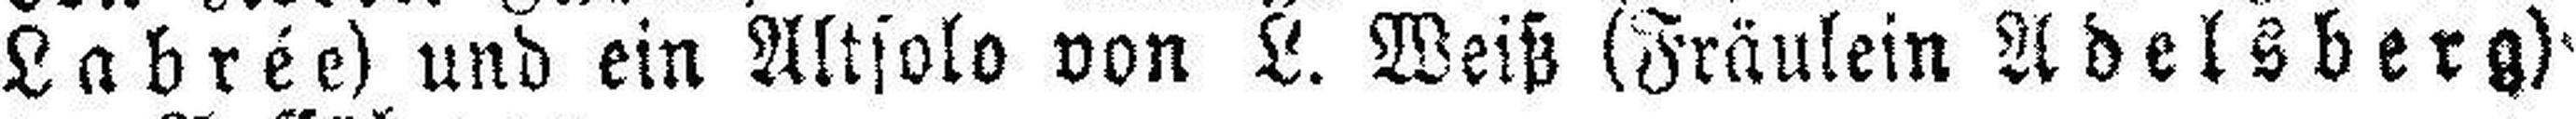
Labrée) und ein Altsolo von L. Weiß (Fräulein Adelsberg)